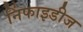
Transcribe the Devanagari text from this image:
निंफाइडीज